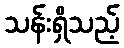
သန်းရှိသည့်